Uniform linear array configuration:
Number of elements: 4
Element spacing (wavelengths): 1
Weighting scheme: binomial
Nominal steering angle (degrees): -60
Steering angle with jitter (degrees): -58.22
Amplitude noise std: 0.05
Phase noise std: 0.05

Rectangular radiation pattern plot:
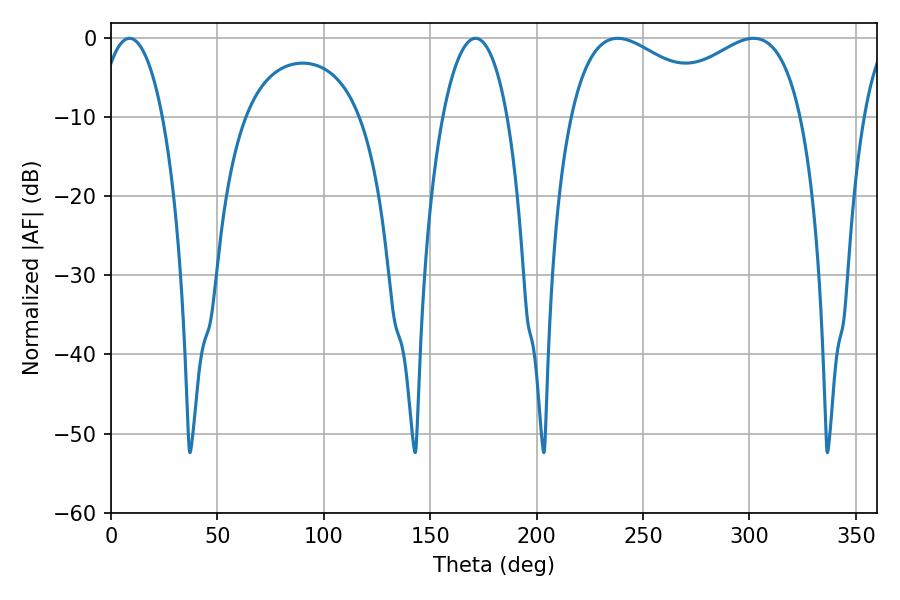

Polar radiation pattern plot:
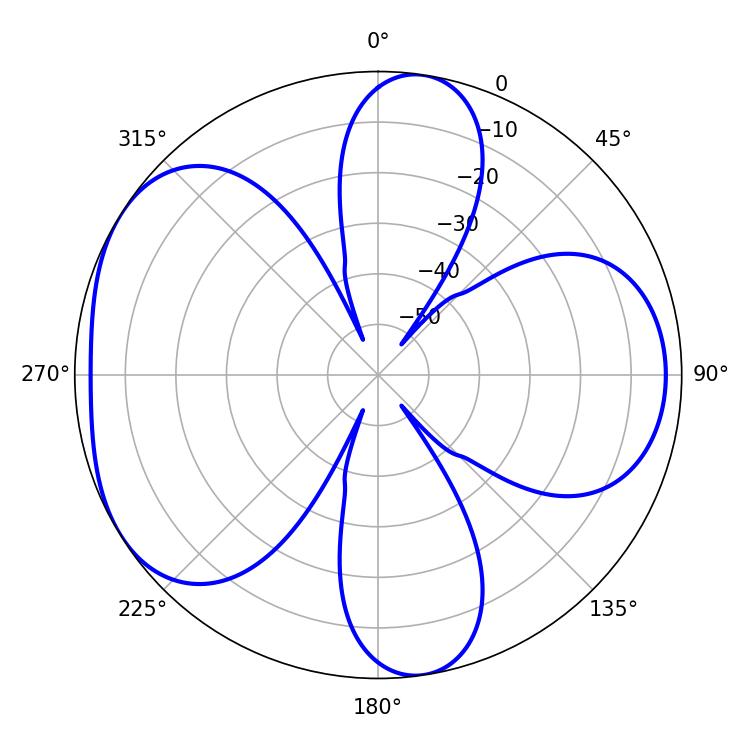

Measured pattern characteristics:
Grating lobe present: TRUE
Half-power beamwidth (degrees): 40.86
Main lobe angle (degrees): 238.14